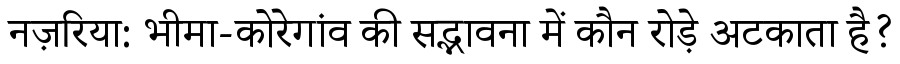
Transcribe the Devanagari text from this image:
नज़रिया: भीमा-कोरेगांव की सद्भावना में कौन रोड़े अटकाता है?